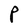
Character: P